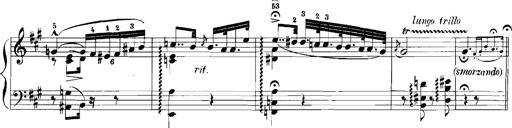
Title: Rhapsodies hongroises
Composer: Franz Liszt